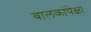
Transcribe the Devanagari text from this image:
बालकांपेक्षा